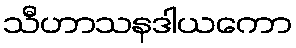
သီဟာသနဒါယကော